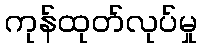
ကုန်ထုတ်လုပ်မှု